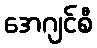
အေဂျင်စီ